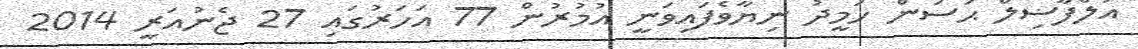
އަލްފާޟިލް ޙަސަން ހަމީދު ނިޔާވެފައިވަނީ އުމުރުން 77 އަހަރުގައި 27 ޖެނުއަރީ 2014